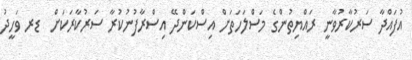
އުފައްދާ ސަރުކާރުވާނީ ރައްޔިތުންގެ މަސްލަހަތަށް އިސްކަންދޭ އިސްރާފުނުކުރާ ސަރުކާރަކަށް  ޑރ ވަހީދު